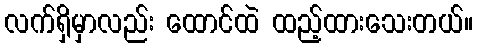
လက်ရှိမှာလည်း ထောင်ထဲ ထည့်ထားသေးတယ်။